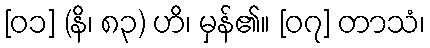
[၀၁] (နိ၊ ၈၃) ဟိ၊ မှန်၏။ [၀၇] တာသံ၊